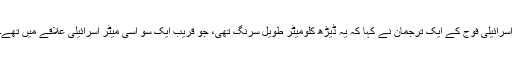
اسرائیلی فوج کے ایک ترجمان نے کہا کہ یہ ڈیڑھ کلومیٹر طویل سرنگ تھی، جو قریب ایک سو اسی میٹر اسرائیلی علاقے میں تھے۔